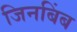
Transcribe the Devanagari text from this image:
जिनबिंब